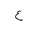
Letter: _ayn